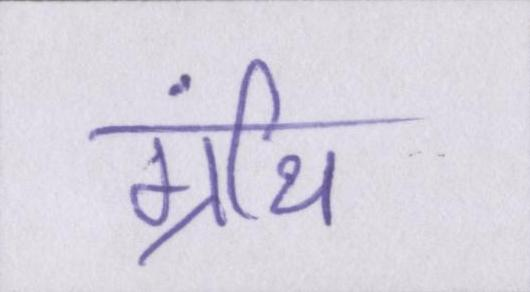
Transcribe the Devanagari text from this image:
ग्रंथि